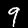
Label: 9